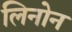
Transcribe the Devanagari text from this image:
लिनोन